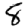
Digit: 8